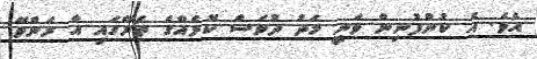
އެވެ. އެ ކުންފުނިން ވަނީ މަދު ދުވަސް ކޮޅެއްގެ ތެރޭގައި އާ ރަންވޭ